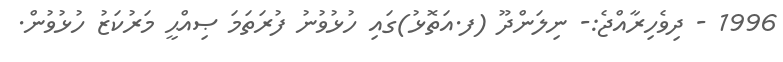
1996 - ދިވެހިރާއްޖެ:- ނިލަންދޫ (ފ.އަތޮޅު)ގައި ހުޅުވުނު ފުރަތަމަ ޞިއްޙީ މަރުކަޒު ހުޅުވުން.